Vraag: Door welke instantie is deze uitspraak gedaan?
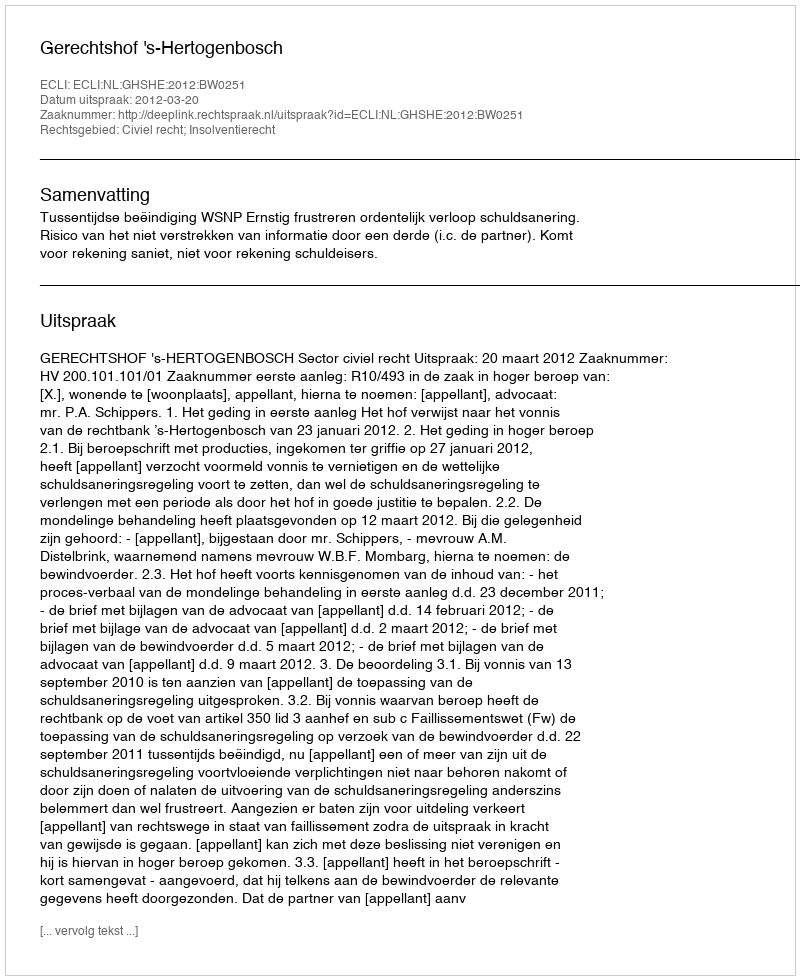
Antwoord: Gerechtshof 's-Hertogenbosch